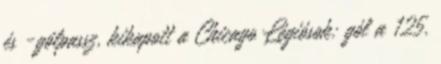
és -gólpassz, kikapott a Chicago Légiósok: gól a 125.